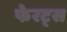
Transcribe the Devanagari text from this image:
फेरट्स